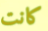
كانت